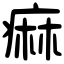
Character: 痲